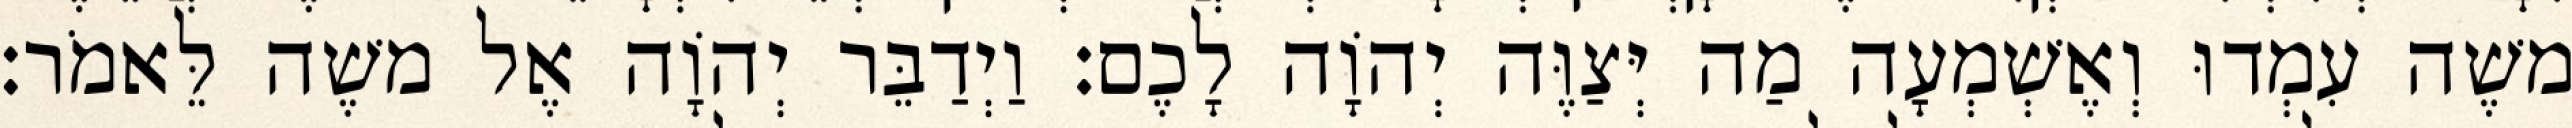
משֶׁה עִמְדוּ וְאֶשְׁמְעָה מַה יְּצַוֶּה יְהוָֹה לָכֶם׃ וַיְדַבֵּר יְהוָֹה אֶל משֶׁה לֵּאמֹר׃